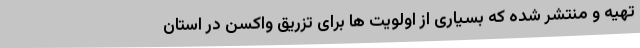
تهیه و منتشر شده که بسیاری از اولویت ها برای تزریق واکسن در استان